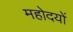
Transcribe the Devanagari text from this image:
महोदयों